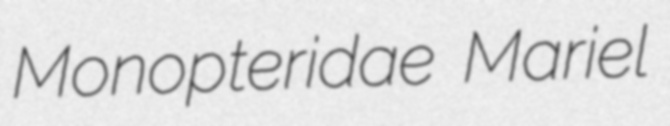
Monopteridae Mariel